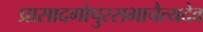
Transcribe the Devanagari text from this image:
प्रासादगोपुरसभाचैत्यदेव